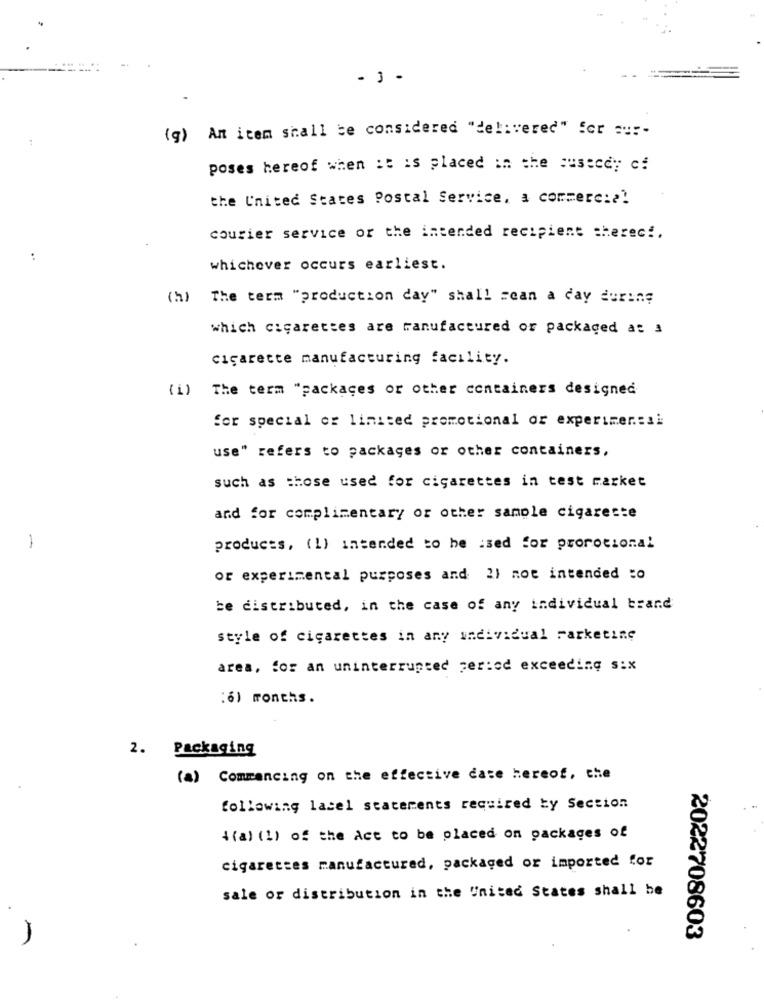
- 3-
(g) An item shall be considered "delivered" for our-
poses hereof when it is placed in the sustedy cf
the United States Postal Service. a commerci ?!
courier service or the intended recipient thereci.
:
whichever occurs earliest.
(h) The term "production day" shall sean a day during
which cigarettes are manufactured or packaged at 3
cigarette manufacturing facility.
(i) The term "packages or other containers designed
for special or limited promotional or experimen:si
use" refers to packages or other containers,
such as those used for cigarettes in test market
and for complimentary or other sample cigarette
-
products. (1) intended to he :sed for promotional
or experimental purposes and 21 not intended to
be distributed, in the case of any individual brand
style of cigarettes in any individual marketing
area, for an uninterrupted period exceeding six
:6) months.
2. Packaging
(a) Commencing on the effective date hereof, the
following lacel statements required by Section
4(a) (1) of the Act to be placed on packages of
cigarettes manufactured, packaged or imported for
sale or distribution in the United States shall be
2022708603